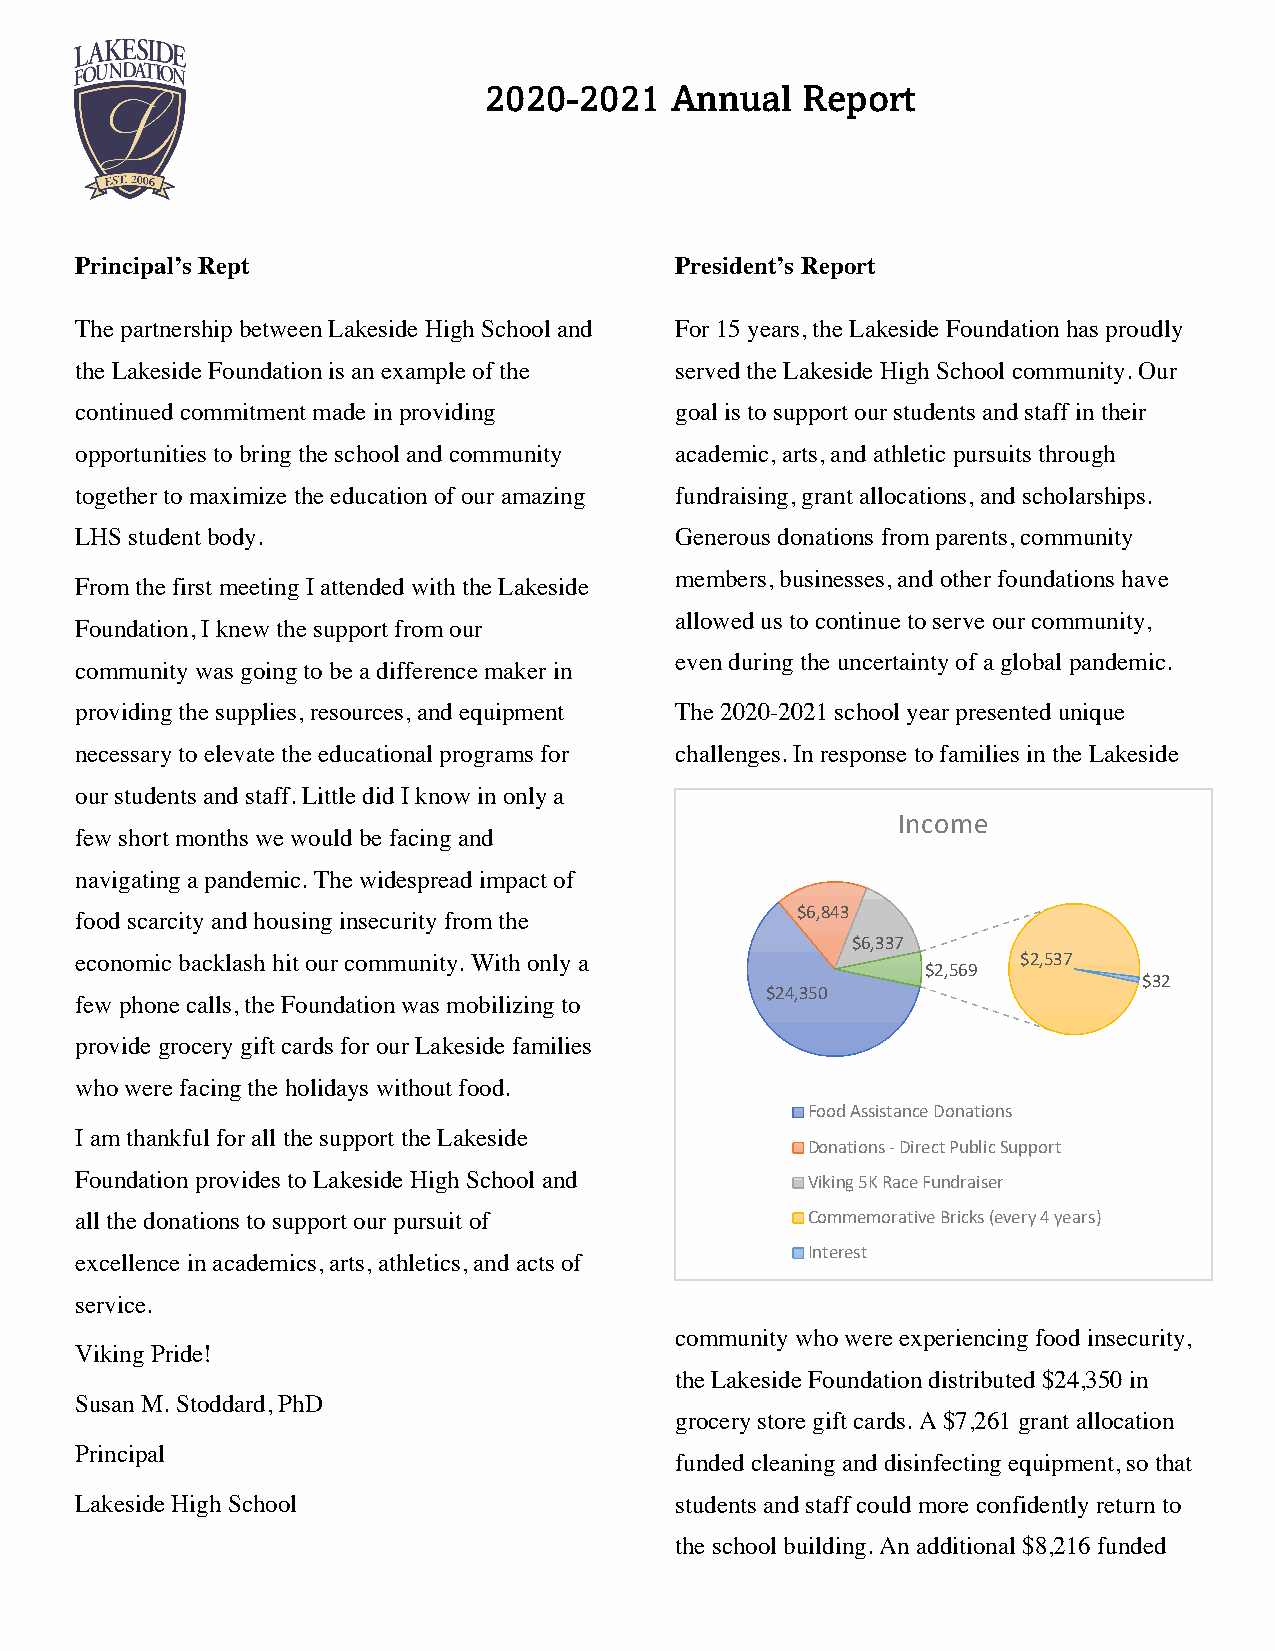
2020-2021   Annual   Report
 Principal’s Rept                        President’s Report
 The partnership between Lakeside High School and For 15 years, the Lakeside Foundation has proudly
 the Lakeside Foundation is an example of the served the Lakeside High School community. Our
 continued commitment made in providing  goal is to support our students and staff in their
 opportunities to bring the school and community academic, arts, and athletic pursuits through
 together to maximize the education of our amazing fundraising, grant allocations, and scholarships.
 LHS student body.                       Generous donations from parents, community
 members, businesses, and other foundations have
 From the first meeting I attended with the Lakeside
 allowed us to continue to serve our community,
 Foundation, I knew the support from our
 even during the uncertainty of a global pandemic.
 community was going to be a difference maker in
 providing the supplies, resources, and equipment The 2020-2021 school year presented unique
 necessary to elevate the educational programs for challenges. In response to families in the Lakeside
 our students and staff. Little did I know in only a
 Income
 few short months we would be facing and
 navigating a pandemic. The widespread impact of
 food scarcity and housing insecurity from the   $6,843
 $6,337
 economic backlash hit our community. With only a               $2,537
 $2,569
 $32
 $24,350
 few phone calls, the Foundation was mobilizing to
 provide grocery gift cards for our Lakeside families
 who were facing the holidays without food.
 Food Assistance Donations
 I am thankful for all the support the Lakeside
 Donations - Direct Public Support
 Foundation provides to Lakeside High School and Viking 5K Race Fundraiser
 all the donations to support our pursuit of     Commemorative Bricks (every 4 years)
 Interest
 excellence in academics, arts, athletics, and acts of
 service.
 community who were experiencing food insecurity,
 Viking Pride!
 the Lakeside Foundation distributed $24,350 in
 Susan M. Stoddard, PhD
 grocery store gift cards. A $7,261 grant allocation
 Principal
 funded cleaning and disinfecting equipment, so that
 Lakeside High School                    students and staff could more confidently return to
 the school building. An additional $8,216 funded